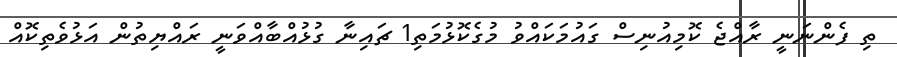
ތި ފެންނަނީ ރާއްޖެ ކޮމިއުނިސް ގައުމަކައްވު މުގެކޮޅުމަތި1 ޗައިނާ ގުޅުއްބާއްވަނީ ރައްޔިތުން އަޅުވެތިކޮއް